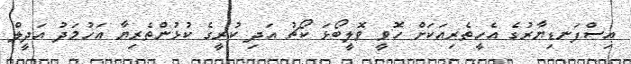
އިސްފަނޑިޔާރުގެ އެހީތެރިއަކަށް ހޮވީ ވޮލީބޯޅަ ކޯޗު އަދި ކުރީގެ ކުޅުންތެރިޔާ އަހުމަދު އަދީލް